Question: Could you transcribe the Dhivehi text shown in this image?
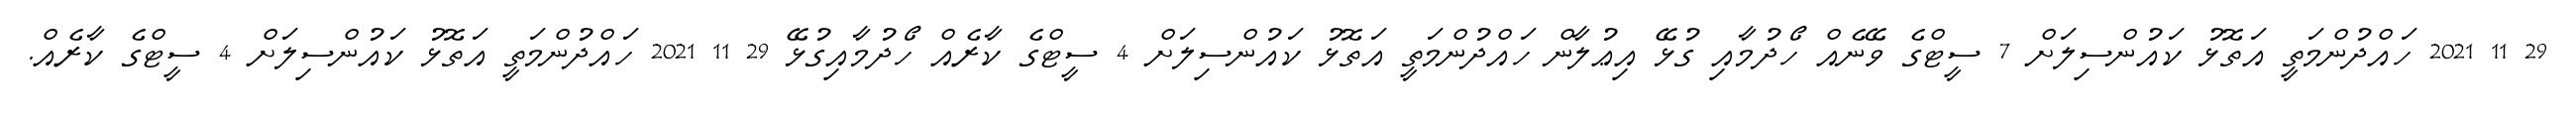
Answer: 29 11 2021 ހައްދުންމަތީ އަތޮޅު ކައުންސިލަށް 7 ސީޓްގެ ވޭނެއް ހޯދުމާއި ގުޅޭ އިޢުލާން ހައްދުންމަތީ އަތޮޅު ކައުންސިލަށް 4 ސީޓްގެ ކާރެއް ހޯދުމާއިގުޅޭ 29 11 2021 ހައްދުންމަތީ އަތޮޅު ކައުންސިލަށް 4 ސީޓްގެ ކާރެއް.